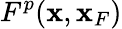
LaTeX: F^{p}({\mathbf x},{\mathbf x}_{F})